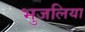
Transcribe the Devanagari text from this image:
भुजलिया